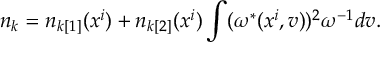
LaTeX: n _ { k } = n _ { k [ 1 ] } ( x ^ { i } ) + n _ { k [ 2 ] } ( x ^ { i } ) \int ( \omega ^ { * } ( x ^ { i } , v ) ) ^ { 2 } \omega ^ { - 1 } d v .